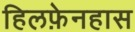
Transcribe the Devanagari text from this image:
हिलफ़ेनहास